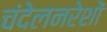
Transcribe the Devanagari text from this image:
चंदेलनरेशों